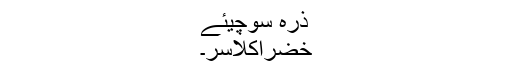
ذرہ سوچیئے
خضراکلاسر۔